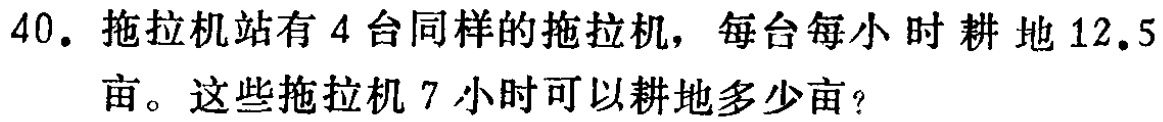
40. 拖拉机站有 4 台同样的拖拉机，每台每小时耕地 12.5 亩。这些拖拉机 7 小时可以耕地多少亩？